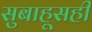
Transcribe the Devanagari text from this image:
सुबाहूसही